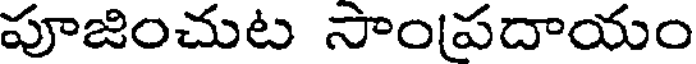
పూజించుట సాంపదాయం